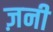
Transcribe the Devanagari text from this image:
ज़नी